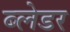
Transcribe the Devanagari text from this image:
ब्लेडर